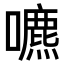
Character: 𡂘